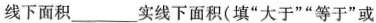
图中虚线下面积___实线下面积(填”大于””等于”或